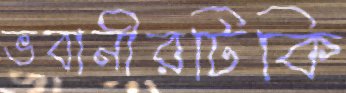
ভবানীরটিকি